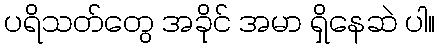
ပရိသတ်တွေ အခိုင် အမာ ရှိနေဆဲ ပါ။